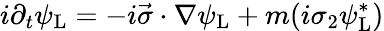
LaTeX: i\partial_{t}\psi_{\mathrm{{L}}}=-i{\vec{\sigma}}\cdot\nabla\psi_{\mathrm{{L}}}+m(i\sigma_{2}\psi_{\mathrm{{L}}}^{*})